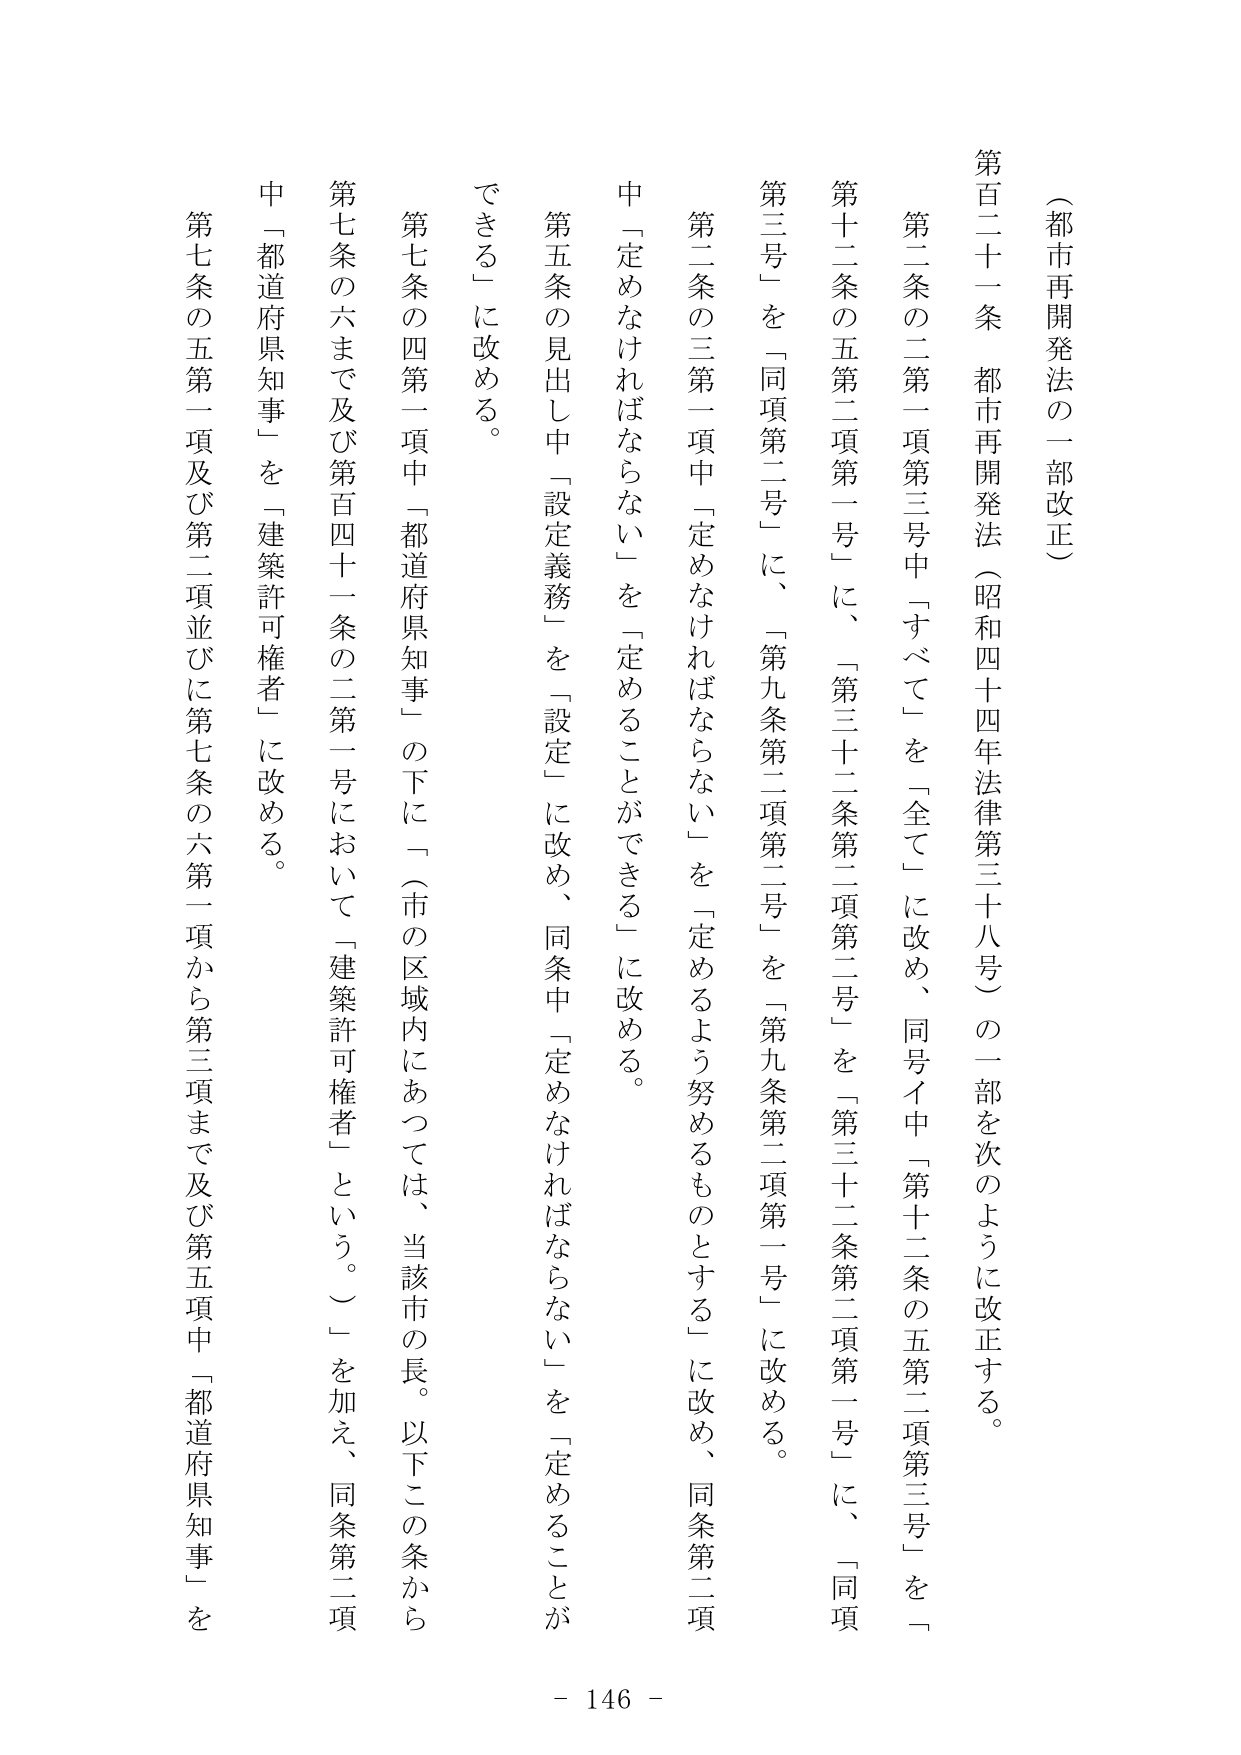
（都市再開発法の一部改正）

第百二十一条 都市再開発法（昭和四十四年法律第三十八号）の一部を次のように改正する。

第二条の二第一項第三号中「すべて」を「全て」に改め、同号イ中「第十二条の五第二項第三号」を「第十二条の五第二項第一号」に、「第三十二条第二項第二号」を「第三十二条第二項第一号」に、「同項第三号」を「同項第二号」に、「第九条第二項第二号」を「第九条第二項第一号」に改める。

第二条の三第一項中「定めなければならない」を「定めるよう努めるものとする」に改め、同条第二項中「定めなければならない」を「定めることができる」に改める。

第五条の見出し中「設定義務」を「設定」に改め、同条中「定めなければならない」を「定めることができる」に改める。

第七条の四第一項中「都道府県知事」の下に「（市の区域内にあっては、当該市の長。以下この条から第七条の六まで及び第百四十一条の二第一号において「建築許可権者」という。）」を加え、同条第二項中「都道府県知事」を「建築許可権者」に改める。

第七条の五第一項及び第二項並びに第七条の六第一項から第三項まで及び第五項中「都道府県知事」を

- 146 -